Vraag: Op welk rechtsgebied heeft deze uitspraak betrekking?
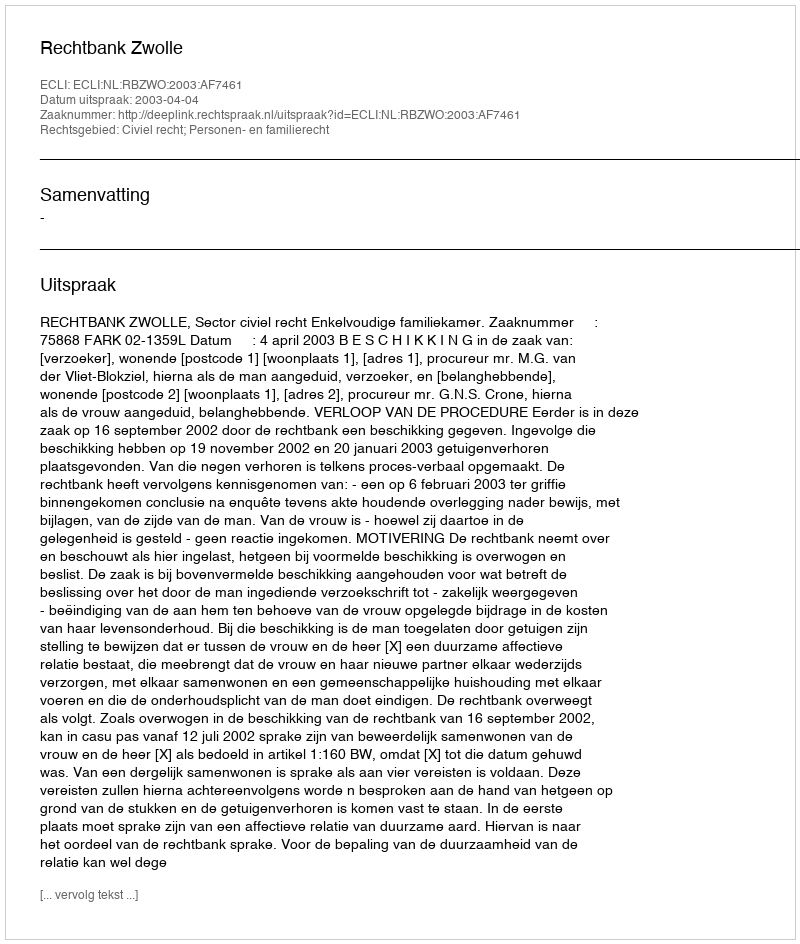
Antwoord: Civiel recht; Personen- en familierecht